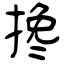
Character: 搀